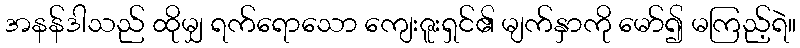
အနန်ဒါသည် ထိုမျှ ရက်ရောသော ကျေးဇူးရှင်၏ မျက်နှာကို မော်၍ မကြည့်ရဲ။